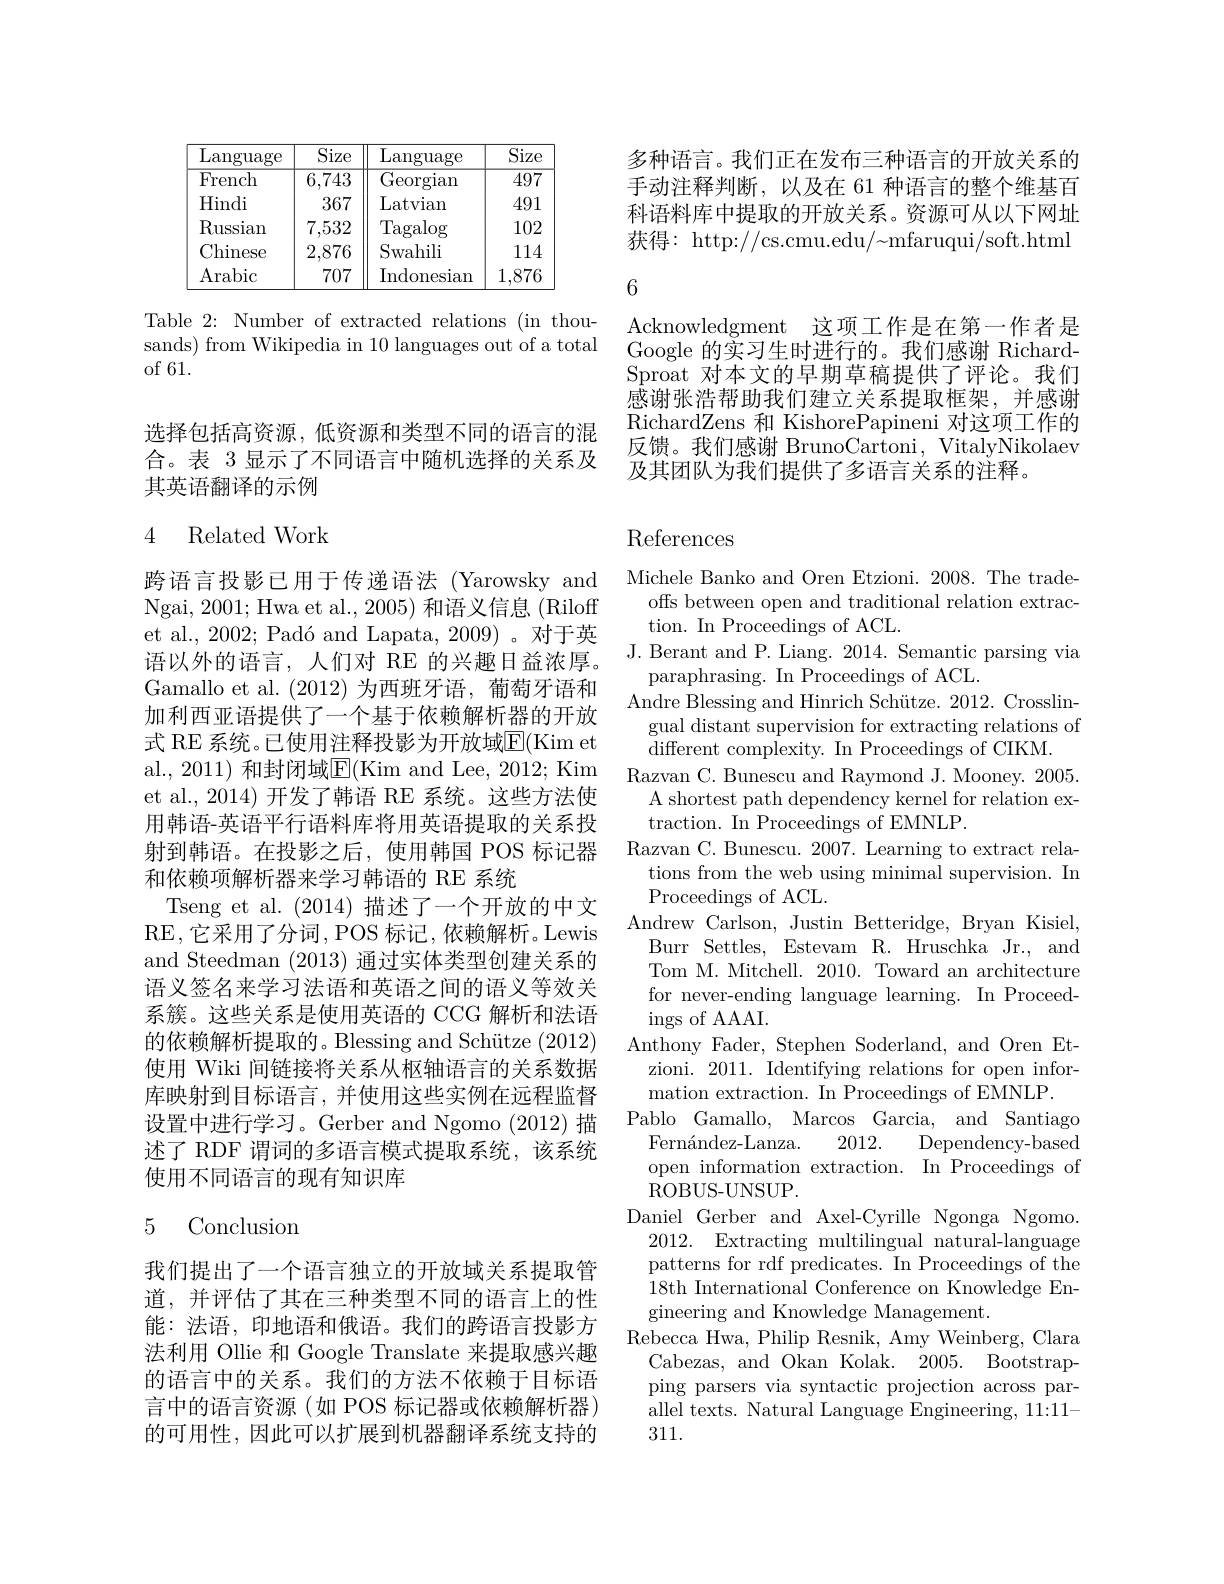
<table>
	<tbody>
		<tr>
			<th>$\overline{\mathrm{Language}}$</th>
			<th>Size</th>
			<th>$\textbf{L}$ $\operatorname{anguage}$ 1</th>
			<th>Siz$\epsilon$</th>
		</tr>
		<tr>
			<td>French</td>
			<td>6,743</td>
			<td>Georgian</td>
			<td>497</td>
		</tr>
		<tr>
			<td>Hindi</td>
			<td>367</td>
			<td>Latvian</td>
			<td>491</td>
		</tr>
		<tr>
			<td>$\operatorname{Russian}$</td>
			<td>7,532</td>
			<td>$\operatorname{Tagalog}$</td>
			<td>102</td>
		</tr>
		<tr>
			<td>Chinese</td>
			<td>2,876</td>
			<td>Swahili</td>
			<td>11.</td>
		</tr>
		<tr>
			<td>Arabic</td>
			<td>707</td>
			<td>Indonesian</td>
			<td>1,876</td>
		</tr>
	</tbody>
</table>

Table 2: Number of extracted relations (in thousands) from Wikipedia in 10 languages out of a total of 61.

选择包括高资源，低资源和类型不同的语言的混合。表 3 显示了不同语言中随机选择的关系及其英语翻译的示例

### 4 Related Work

跨语言投影已用于传递语法 (Yarowsky and Ngai, 2001; Hwa et al., 2005) 和语义信息 (Riloff et al., 2002; Padó and Lapata, 2009) 。对于英语以外的语言，人们对 RE 的兴趣日益浓厚。Gamallo et al. (2012)为西班牙语，葡萄牙语和加利西亚语提供了一个基于依赖解析器的开放式 RE 系统。已使用注释投影为开放域$\overline{\mathrm{E}}($Kim et al., 2011) 和封闭域E(Kim and Lee, 2012; Kim et al., 2014) 开发了韩语 RE 系统。这些方法使用韩语-英语平行语料库将用英语提取的关系投射到韩语。在投影之后，使用韩国 POS 标记器和依赖项解析器来学习韩语的 RE 系统
Tseng et al. (2014)描述了一个开放的中文RE,它采用了分词，POS 标记，依赖解析。Lewis and Steedman (2013)通过实体类型创建关系的语义签名来学习法语和英语之间的语义等效关系簇。这些关系是使用英语的 CCG 解析和法语的依赖解析提取的。Blessing and Schütze (2012) 使用 Wiki 间链接将关系从枢轴语言的关系数据库映射到目标语言，并使用这些实例在远程监督设置中进行学习。Gerber and Ngomo (2012) 描述了 RDF 谓词的多语言模式提取系统，该系统使用不同语言的现有知识库

### 5 Conclusion

我们提出了一个语言独立的开放域关系提取管道，并评估了其在三种类型不同的语言上的性能：法语，印地语和俄语。我们的跨语言投影方法利用 Ollie 和 Google Translate 来提取感兴趣的语言中的关系。我们的方法不依赖于目标语言中的语言资源(如 POS 标记器或依赖解析器) 的可用性，因此可以扩展到机器翻译系统支持的

6

多种语言。我们正在发布三种语言的开放关系的手动注释判断，以及在 61 种语言的整个维基百科语料库中提取的开放关系。资源可从以下网址${\text{获得：http://cs.cmu.edu/{}}\mathrm{mfaruqui/soft.html}}$ Acknowledgment 这项工作是在第一作者是Google 的实习生时进行的。我们感谢 RichardSproat 对本文的早期草稿提供了评论。我们感谢张浩帮助我们建立关系提取框架，并感谢RichardZens 和 KishorePapineni 对这项工作的反馈。我们感谢 BrunoCartoni, VitalyNikolaev 及其团队为我们提供了多语言关系的注释。

## References

Michele Banko and Oren Etzioni. 2008. The trade-
offs between open and traditional relation extrac-
tion. In Proceedings of ACL.
J. Berant and P. Liang. 2014. Semantic parsing via
paraphrasing. In Proceedings of ACL.
Andre Blessing and Hinrich Schütze. 2012. Crosslin-
gual distant supervision for extracting relations of
different complexity. In Proceedings of CIKM.
Razvan C. Bunescu and Raymond J. Mooney. 2005.
A shortest path dependency kernel for relation ex-
traction. In Proceedings of EMNLP.
Razvan C. Bunescu. 2007. Learning to extract rela-
tions from the web using minimal supervision. In
Proceedings of ACL.
Andrew Carlson, Justin Betteridge, Bryan Kisiel,
Burr Settles, Estevam R. Hruschka Jr., and Tom M. Mitchell. 2010. Toward an architecture for never-ending language learning. In Proceedings of AAAI.
Anthony Fader, Stephen Soderland, and Oren Et-
zioni. 2011. Identifying relations for open infor-
mation extraction. In Proceedings of EMNLP.
Pablo Gamallo, Marcos Garcia, and Santiago
Fernández-Lanza.
2012.
Dependency-based
open information extraction. In Proceedings of
ROBUS- UNSUP.
Daniel Gerber and Axel-Cyrille Ngonga Ngomo.
2012. Extracting multilingual natural-language patterns for rdf predicates. In Proceedings of the 18th International Conference on Knowledge Engineering and Knowledge Management.
Rebecca Hwa, Philip Resnik, Amy Weinberg, Clara Cabezas, and Okan Kolak. 2005. Bootstrapping parsers via syntactic projection across parallel texts. Natural Language Engineering, 11:11- 311.